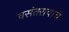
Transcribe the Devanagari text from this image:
वसंतरावाचे